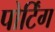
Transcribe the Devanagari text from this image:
पोर्टिंग